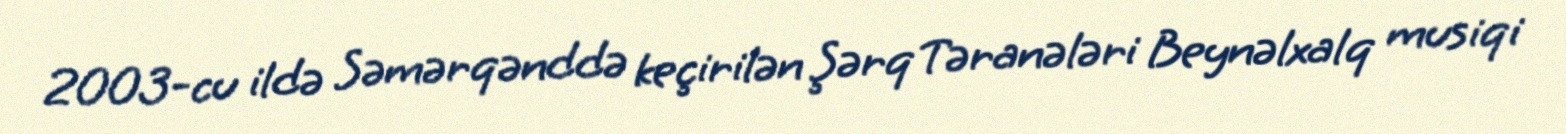
2003-cu ildə Səmərqənddə keçirilən Şərq Təranələri Beynəlxalq musiqi